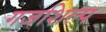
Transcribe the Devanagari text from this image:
गजशिल्प